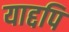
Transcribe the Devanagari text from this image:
याद्दपि